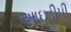
આઇડીપી